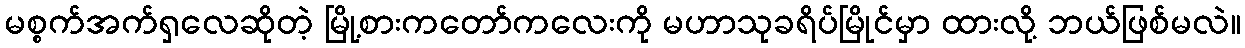
မစ္စက်အက်ရှလေဆိုတဲ့ မြို့စားကတော်ကလေးကို မဟာသုခရိပ်မြိုင်မှာ ထားလို့ ဘယ်ဖြစ်မလဲ။